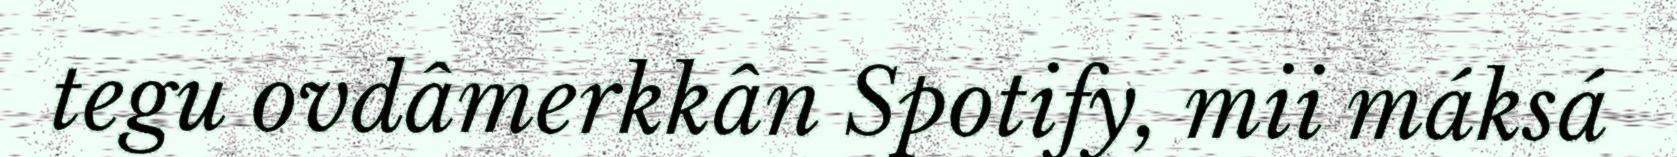
tegu ovdâmerkkân Spotify, mii máksá